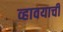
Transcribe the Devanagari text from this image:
व्हावयाची